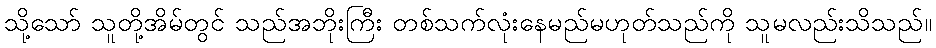
သို့သော် သူတို့အိမ်တွင် သည်အဘိုးကြီး တစ်သက်လုံးနေမည်မဟုတ်သည်ကို သူမလည်းသိသည်။